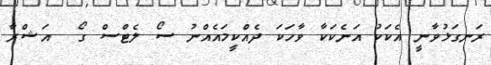
ރަނގަޅުވާނީ އެކަކު އަނެކަކާ ވާހަކަ ދެއްކީމައެއްނު ސޯ ލެޓްސް ގޯ  އަޝްރާ